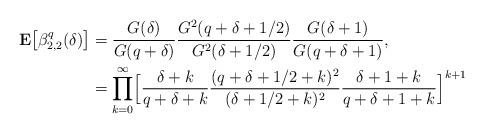
LaTeX: \begin{align*}{\bf E}\bigl[\beta_{2,2}^q(\delta)\bigr] & = \frac{G(\delta)}{G(q+\delta)}\frac{G^2(q+\delta+1/2)}{G^2(\delta+1/2)}\frac{G(\delta+1)}{G(q+\delta+1)}, \\& = \prod\limits_{k=0}^\infty \Bigl[\frac{\delta+k}{q+\delta+k} \frac{(q+\delta+1/2+k)^2}{(\delta+1/2+k)^2} \frac{\delta+1+k}{q+\delta+1+k}\Bigr]^{k+1}\end{align*}